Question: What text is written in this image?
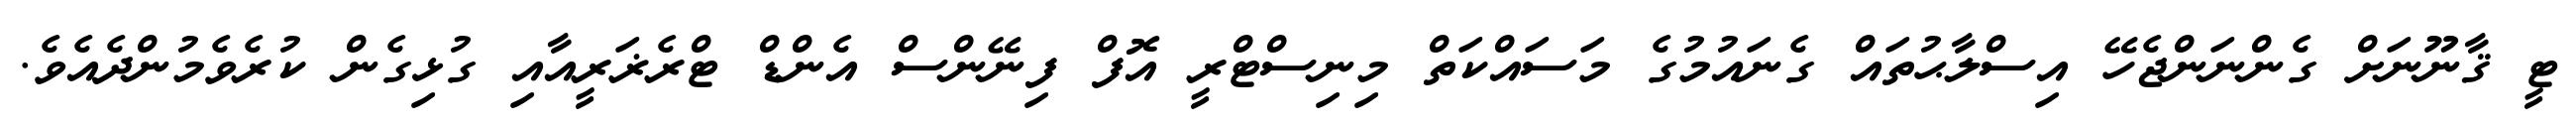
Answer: ޓީ ޤާނޫނަށް ގެންނަންޖެހޭ އިސްލާޙުތައް ގެނައުމުގެ މަސައްކަތް މިނިސްޓްރީ އޮފް ފިނޭންސް އެންޑް ޓްރެޜަރީއާއި ގުޅިގެން ކުރެވެމުންދެއެވެ.